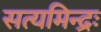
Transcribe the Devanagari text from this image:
सत्यमिन्द्रः